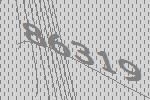
86319